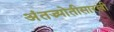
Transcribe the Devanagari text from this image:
अंतज्र्योतीसारखी